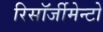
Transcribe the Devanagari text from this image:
रिसॉर्जीमेन्टो